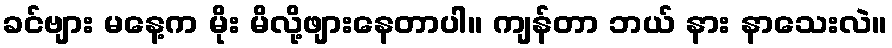
ခင်ဗျား မနေ့က မိုး မိလို့ဖျားနေတာပါ။ ကျန်တာ ဘယ် နား နာသေးလဲ။